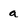
Character: a